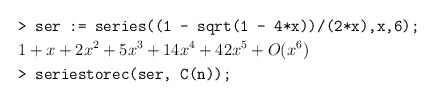
\begin{align*} &\texttt{> ser := series((1 - sqrt(1 - 4*x))/(2*x),x,6);}\\ & 1 + x + 2x^2 + 5x^3 + 14x^4 + 42x^5 + O(x^6)\\ &\texttt{> seriestorec(ser, C(n));}\end{align*}